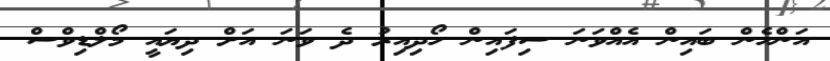
އަންހެން ބައިން އެއްވަނަ ސިފައިން ހޯދިއިރު ދެ ވަނަ އަށް ދިޔައީ މޯލްޑިވްސް